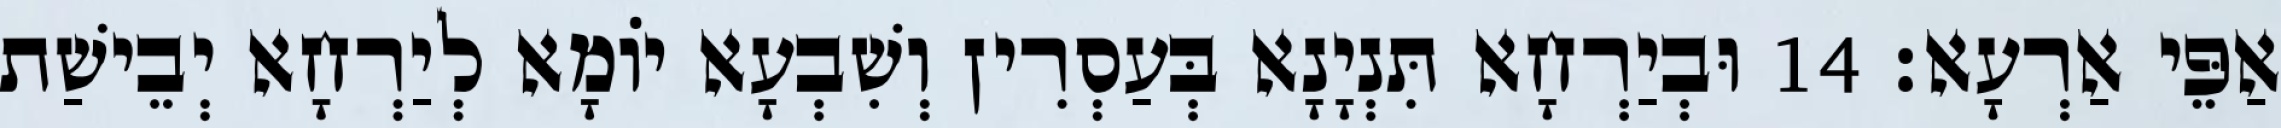
אַפֵּי אַרְעָא׃ 14 וּבְיַרְחָא תִּנְיָנָא בְּעַסְרִין וְשִׁבְעָא יוֹמָא לְיַרְחָא יְבֵישַׁת